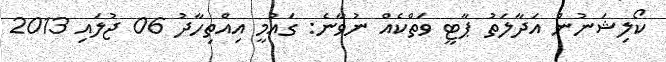
ކޯލިޝަނުން އަދާލަތު ޕާޓީ ވަތްކެއް ނުވާނެ: ގައުމީ އިއްތިހާދު 06 ޖުލައި 2013